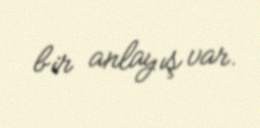
bir anlayış var.